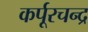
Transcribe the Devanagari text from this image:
कर्पूरचन्द्र